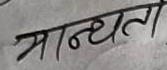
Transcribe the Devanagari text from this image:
मान्यता